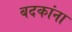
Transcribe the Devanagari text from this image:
बदकांना